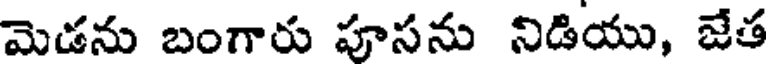
మెడను బంగారు పూసను నిడియు, జేత